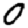
Digit: 0